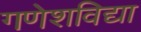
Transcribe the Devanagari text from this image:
गणेशविद्या